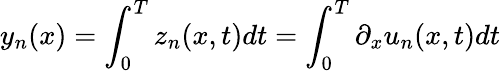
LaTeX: y_{n}(x)=\int_{0}^{T}z_{n}(x,t)dt=\int_{0}^{T}\partial_{x}u_{n}(x,t)dt